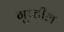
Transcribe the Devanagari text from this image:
गुप्टील